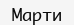
Марти